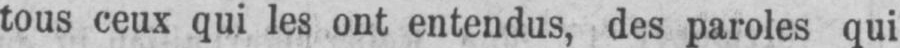
tous ceux qui les ont entendus, des paroles qui